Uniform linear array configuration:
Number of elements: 16
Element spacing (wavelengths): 0.25
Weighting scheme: binomial
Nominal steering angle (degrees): -15
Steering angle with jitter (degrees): -13.609
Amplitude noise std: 0.05
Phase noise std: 0.05

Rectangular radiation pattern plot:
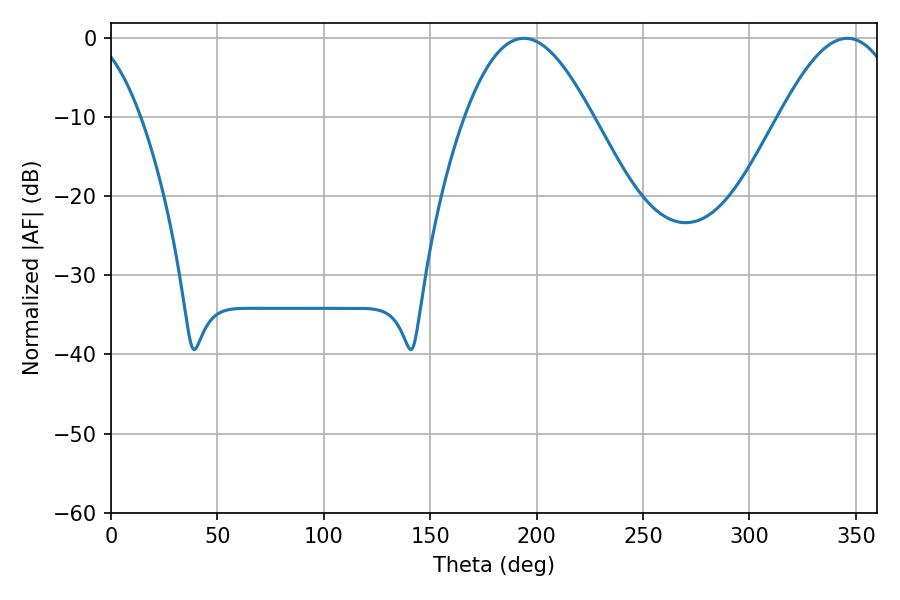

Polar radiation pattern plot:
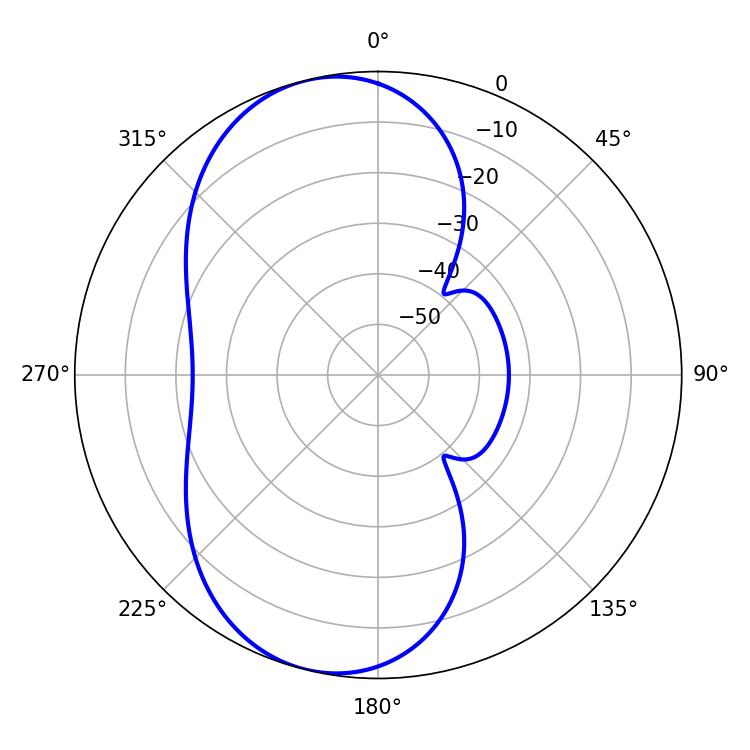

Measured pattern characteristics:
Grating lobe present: FALSE
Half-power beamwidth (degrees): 32.4
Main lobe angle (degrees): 194.04